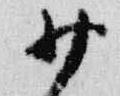
少